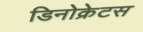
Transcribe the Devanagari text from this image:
डिनोक्रेटस